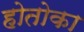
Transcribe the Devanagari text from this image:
होतोका